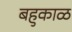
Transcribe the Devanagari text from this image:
बहुकाळ